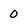
Character: 0